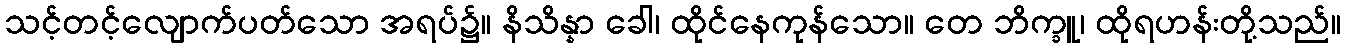
သင့်တင့်လျောက်ပတ်သော အရပ်၌။ နိသိန္နာ ခေါ၊ ထိုင်နေကုန်သော။ တေ ဘိက္ခူ၊ ထိုရဟန်းတို့သည်။